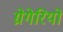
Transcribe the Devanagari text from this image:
ग्रेगेरियो